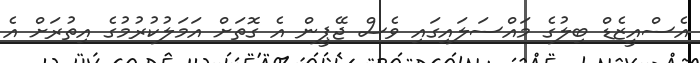
އެސްއީޒެޑް ބިލުގެ މައްސަލައިގައި ވެސް ޖޭޕީން އެ ގޮތަށް އަމަލުކުރުމުގެ އިތުރަށް އެ